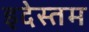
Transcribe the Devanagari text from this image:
इदेस्तम